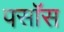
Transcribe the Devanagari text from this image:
पसॉस